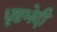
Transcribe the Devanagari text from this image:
धृष्टभेदी